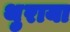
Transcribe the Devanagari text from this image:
थ़ुराया